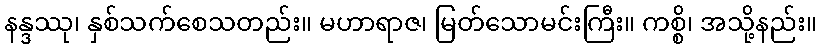
နန္ဒဿု၊ နှစ်သက်စေသတည်း။ မဟာရာဇ၊ မြတ်သောမင်းကြီး။ ကစ္စိ၊ အသို့နည်း။